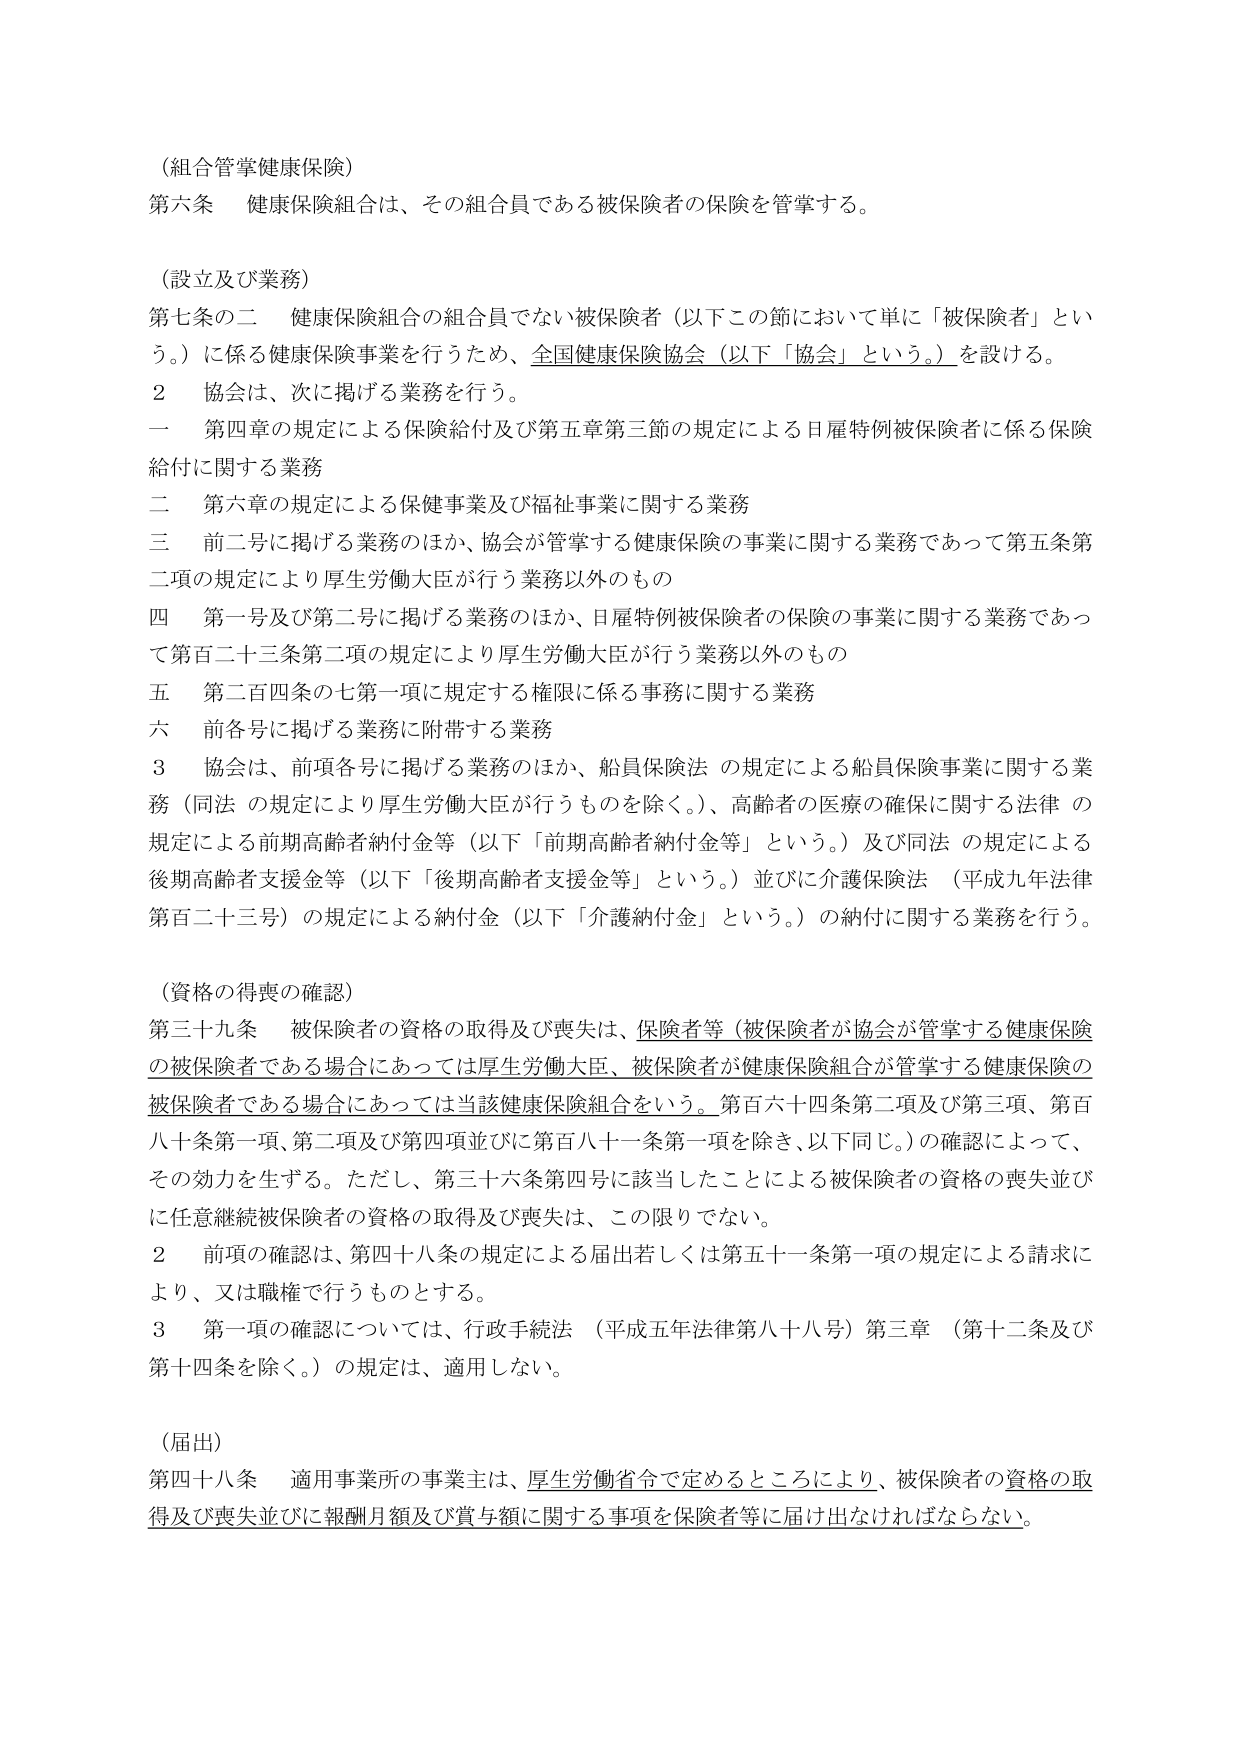
（組合管掌健康保険）
第六条　健康保険組合は、その組合員である被保険者の保険を管掌する。

（設立及び業務）
第七条の二　健康保険組合の組合員でない被保険者（以下この節において単に「被保険者」という。）に係る健康保険事業を行うため、全国健康保険協会（以下「協会」という。）を設ける。
　２　協会は、次に掲げる業務を行う。
　　一　第四章の規定による保険給付及び第五章第三節の規定による日雇特例被保険者に係る保険給付に関する業務
　　二　第六章の規定による保健事業及び福祉事業に関する業務
　　三　前二号に掲げる業務のほか、協会が管掌する健康保険の事業に関する業務であって第五条第二項の規定により厚生労働大臣が行う業務以外のもの
　　四　第一号及び第二号に掲げる業務のほか、日雇特例被保険者の保険の事業に関する業務であって第百二十三条第二項の規定により厚生労働大臣が行う業務以外のもの
　　五　第二百四条の七第一項に規定する権限に係る事務に関する業務
　　六　前各号に掲げる業務に附帯する業務
　　３　協会は、前項各号に掲げる業務のほか、船員保険法の規定による船員保険事業に関する業務（同法の規定により厚生労働大臣が行うものを除く。）、高齢者の医療の確保に関する法律の規定による前期高齢者納付金等（以下「前期高齢者納付金等」という。）及び同法の規定による後期高齢者支援金等（以下「後期高齢者支援金等」という。）並びに介護保険法（平成九年法律第百二十三号）の規定による納付金（以下「介護納付金」という。）の納付に関する業務を行う。

（資格の得喪の確認）
第三十九条　被保険者の資格の取得及び喪失は、保険者等（被保険者が協会が管掌する健康保険の被保険者である場合にあっては厚生労働大臣、被保険者が健康保険組合が管掌する健康保険の被保険者である場合にあっては当該健康保険組合をいう。第百六十四条第二項及び第三項、第百八十条第一項、第二項及び第四項並びに第百八十一条第一項を除き、以下同じ。）の確認によって、その効力を生ずる。ただし、第三十六条第四号に該当したことによる被保険者の資格の喪失並びに任意継続被保険者の資格の取得及び喪失は、この限りでない。
　２　前項の確認は、第四十八条の規定による届出若しくは第五十一条第一項の規定による請求により、又は職権で行うものとする。
　３　第一項の確認については、行政手続法（平成五年法律第八十八号）第三章（第十二条及び第十四条を除く。）の規定は、適用しない。

（届出）
第四十八条　適用事業所の事業主は、厚生労働省令で定めるところにより、被保険者の資格の取得及び喪失並びに報酬月額及び賞与額に関する事項を保険者等に届け出なければならない。